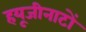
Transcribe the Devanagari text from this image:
हयूजीनाटों